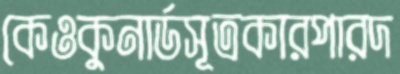
কেওকুনার্ডসূত্রকারপারদ